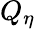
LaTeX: Q_{\eta}